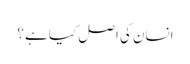
انسان کی اصل کیا ہے ؟